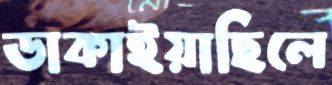
ডাকাইয়াছিলে